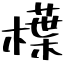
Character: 𣜿